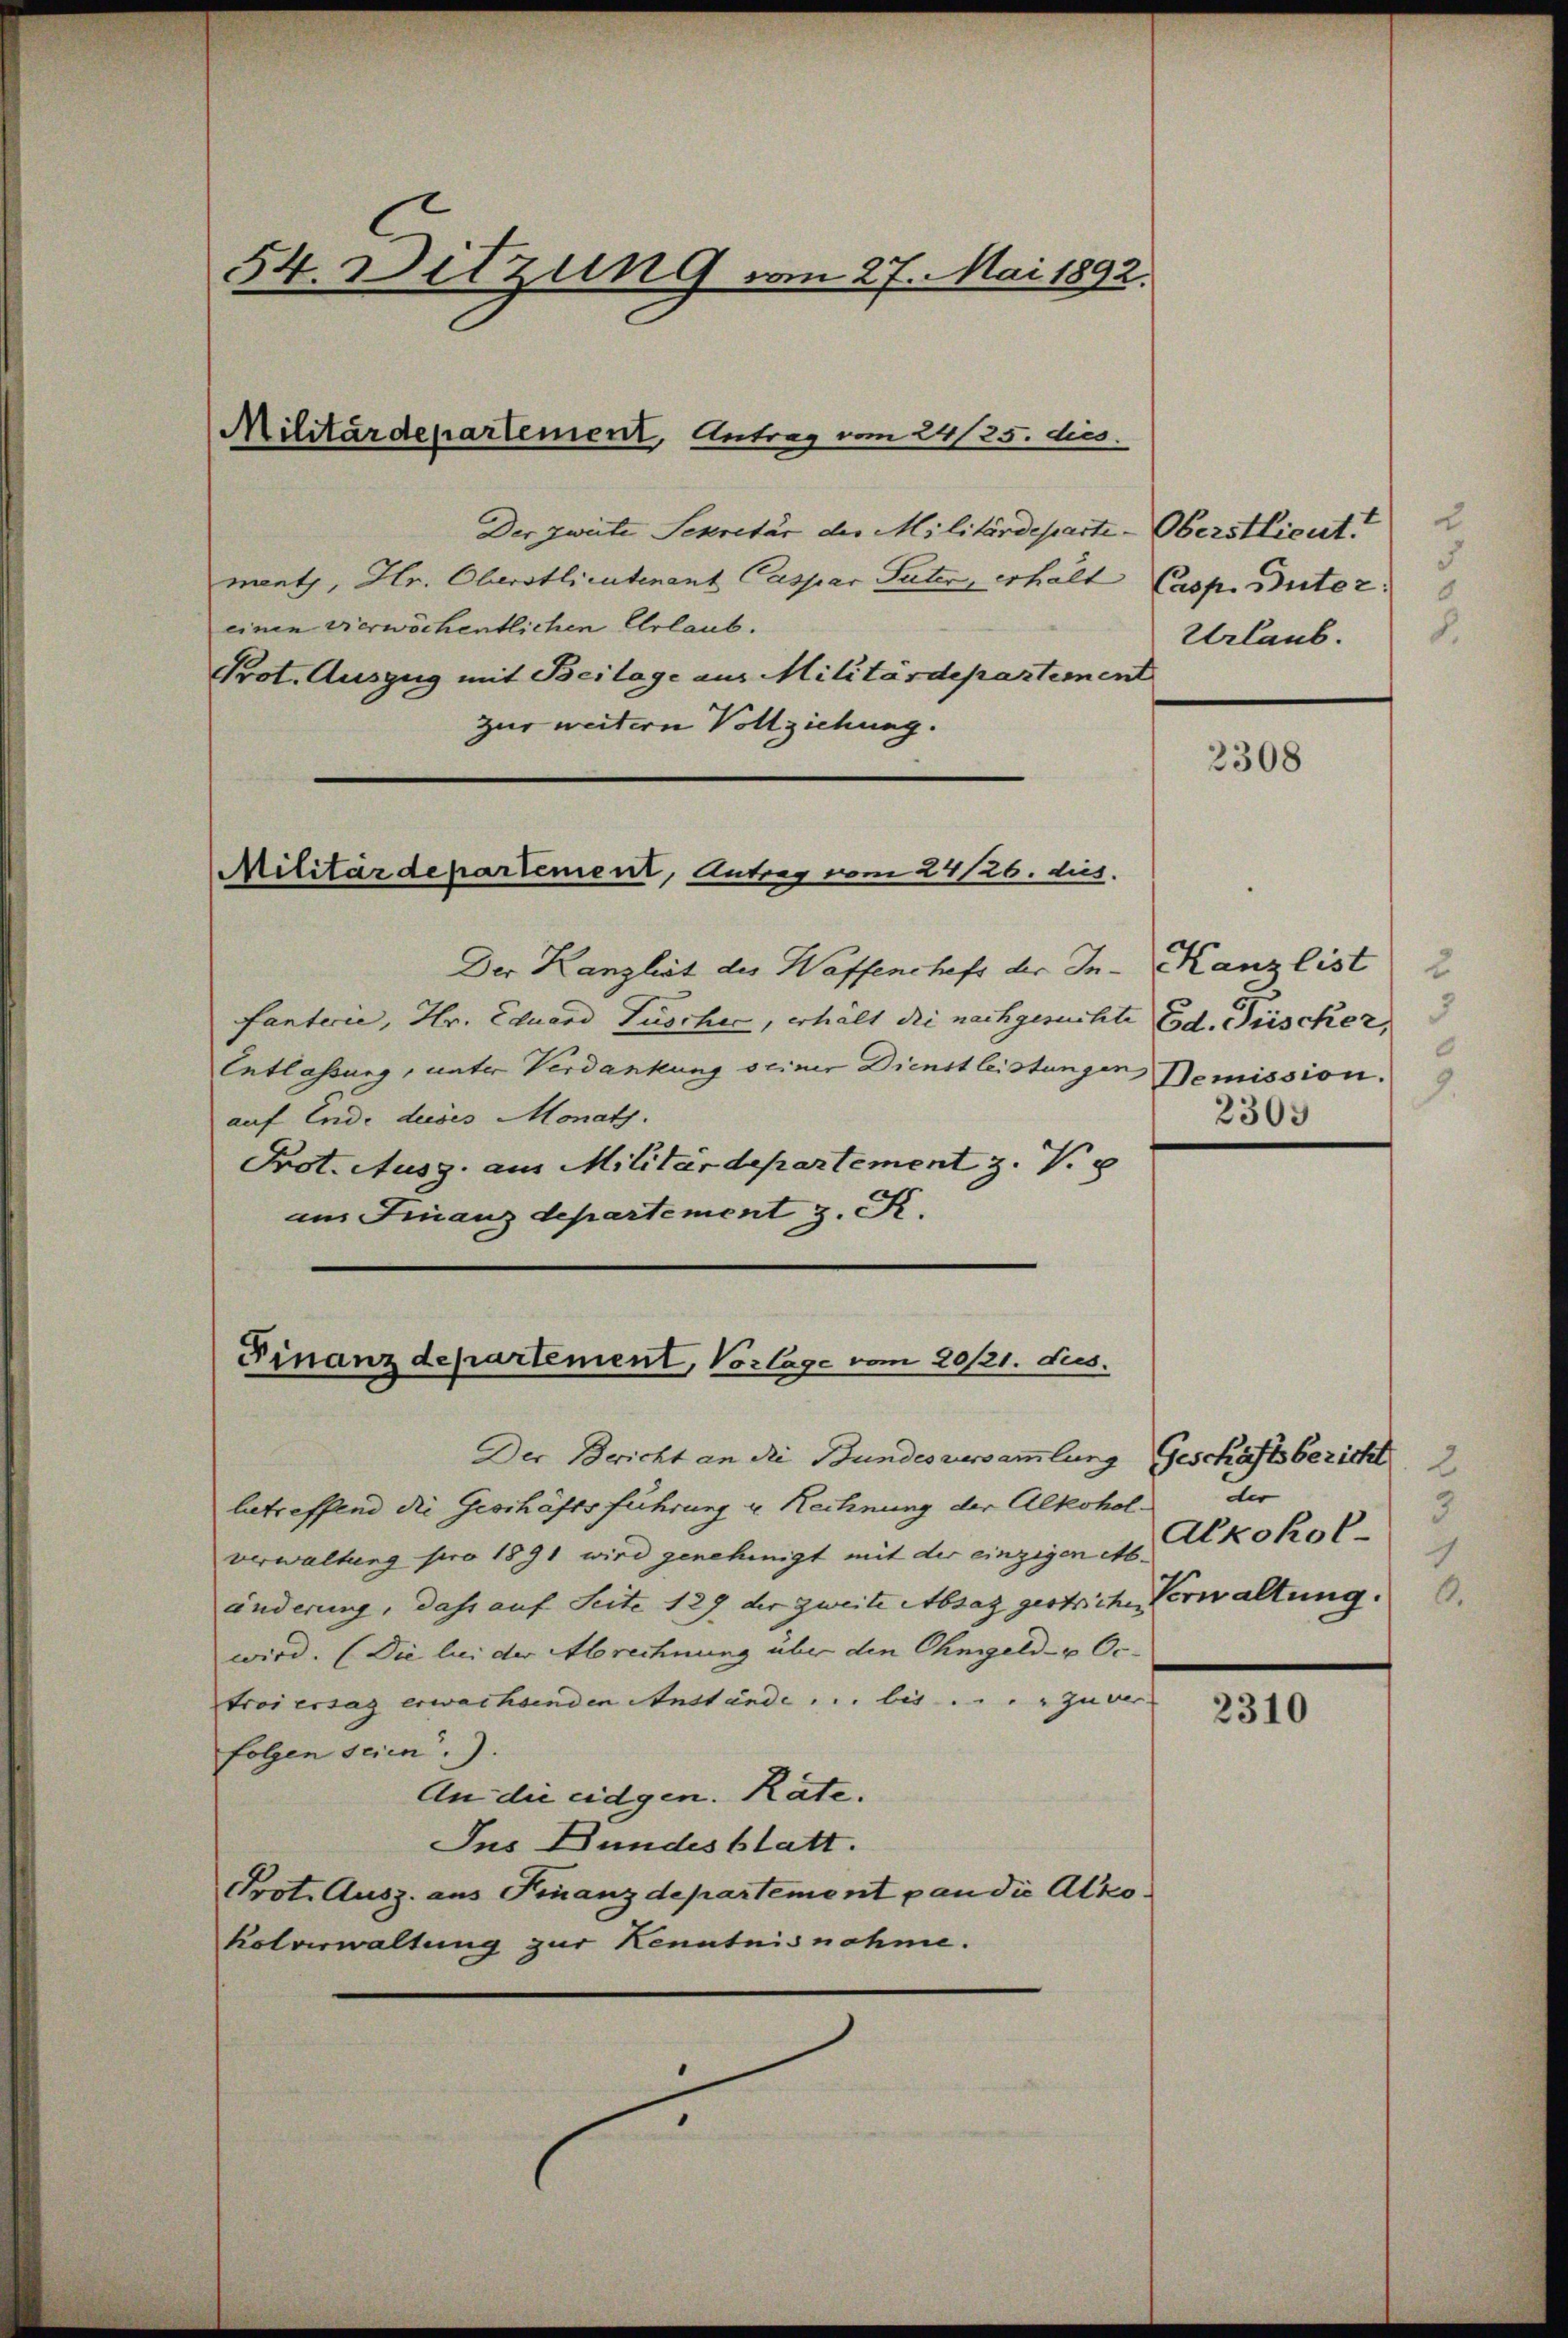
Der zweite Sekretär der Militärdeparte-Oberstlieut.
ment, Hr. Oberstlieutenant Caspar Pater, erhalt Casp. Butter
einen vierwöchentlichen Erlaub.
Prot. Auszug mit Beilage aus Militärdepartement
zur weitern Vollziehung.

54. Ditzung vom 27. Mai 1892.

Militärdepartement, Antrag vom 24/25. dies

Der Kanzlist des Waffenchefs der Infantecie, Hr. Eduard Tuscher, erhält die nachgesuchte
Entlassung, unter Verdankung seiner Dienst leistungen Bemission.
auf Ende dieses Monath.
Prot. Ausg. am Militärdepartement z. V.
am Finanzdepartement z. R.

Militärdepartement, Antrag vom 24/26. dies

Finanzdepartement, Vorlage vom 20/21. dus.

Der Bericht an die Bundesversammlung
betreffend die Geschäftsführung u. Rechnung der Alkohol.
verwaltung pro 1891 wird genehmigt mit der einzigen M.
änderung, dass auf Seite 127 der zweite Absag gestriche Verwaltung.
wird. (Die bei der Abrechnung über den Chmgeld- u Oc-
troi ersag erwachsenden Anstände, u. bis . . . . zu ver
folgen seien).
An die eidgen. Rate.
Ins Bundesblatt.
Prot. Ausz. aus Finanzdepartemont pan die Alko
Kolverwaltung zur Kenntnisnahme.

u
d
8.
Urlaub.

2308

Kanzlist 2
Ed. Frischer,
.
8
2303

Geschäftsbericht
der
3
Alkohol¬
1

2310